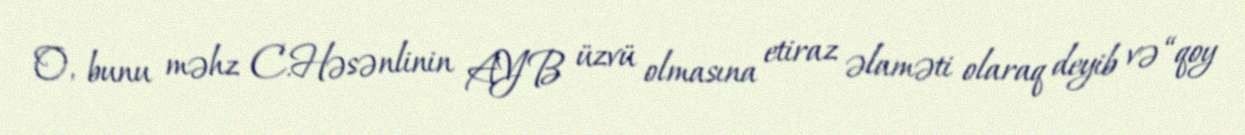
O, bunu məhz C.Həsənlinin AYB üzvü olmasına etiraz əlaməti olaraq deyib və “qoy